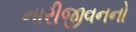
નારીજીવનનો